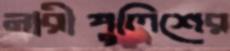
নারীপুলিশের